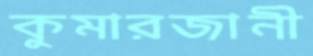
কুমারজানী